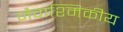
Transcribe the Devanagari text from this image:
जैवाश्मिकीय